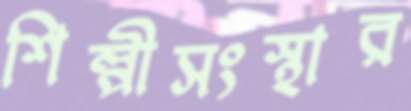
শিল্পীসংস্থার